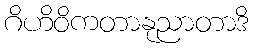
ဂိဟိဝိကတာနုညာတာဒိ